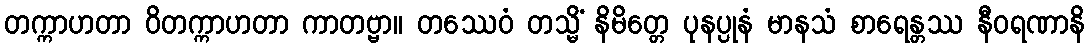
တက္ကာဟတာ ဝိတက္ကာဟတာ ကာတဗ္ဗာ။ တဿေဝံ တသ္မိံ နိမိတ္တေ ပုနပ္ပုနံ မာနသံ စာရေန္တဿ နီဝရဏာနိ